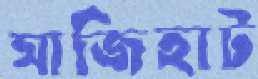
মাজিহাট